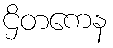
ဌိတကေန